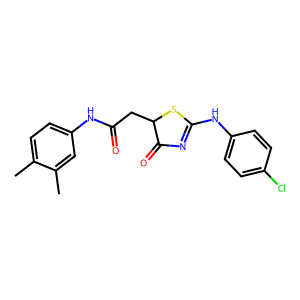
SMILES: Cc1ccc(NC(=O)CC2SC(Nc3ccc(Cl)cc3)=NC2=O)cc1C
Inhibits HIV replication: No